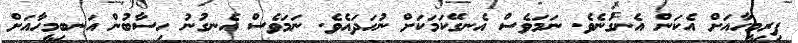
ފިރިމީހާއަށް އެކަން އެނގުނެވެ. ނަމަވެސް އެނގޭކަމަކަށް ނުހަދައެވެ. ނަމަވެސް އެނގުނު ހިސާބުން އަނބިމީހާއަށް